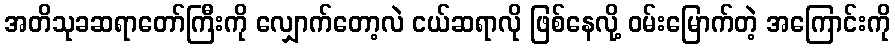
အတိသုခဆရာတော်ကြီးကို လျှောက်တော့လဲ ငယ်ဆရာလို ဖြစ်နေလို့ ဝမ်းမြောက်တဲ့ အကြောင်းကို